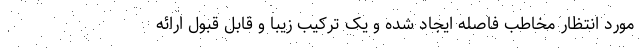
مورد انتظار مخاطب فاصله ایجاد شده و یک ترکیب زیبا و قابل قبول ارائه